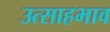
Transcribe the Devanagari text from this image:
उत्साहभाव